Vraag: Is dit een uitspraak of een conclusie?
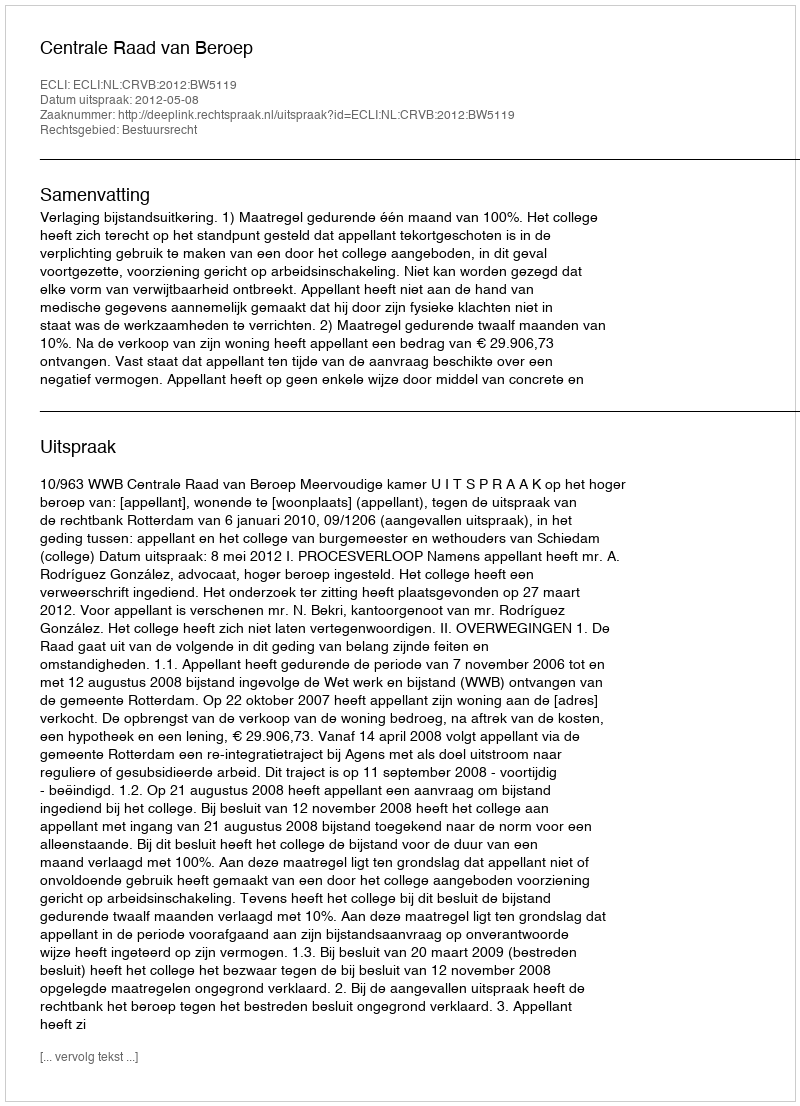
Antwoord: Uitspraak